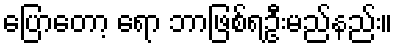
ပြောတော့ ရော ဘာဖြစ်ရဦးမည်နည်း။